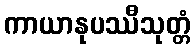
ကာယာနုပဿီသုတ္တံ